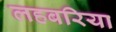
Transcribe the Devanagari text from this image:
लहबरिया